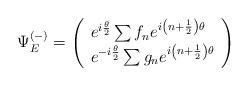
LaTeX: \begin{align*}\Psi_E^{(-)}=\left(\begin{array}{l} e^{i \frac{\theta}{2}} \sum f_n e^{i \left(n+\frac{1}{2}\right)\theta} \\ e^{-i \frac{\theta}{2}} \sum g_n e^{i\left(n+\frac{1}{2}\right)\theta}\end{array}\right)\end{align*}